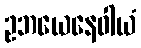
ဥဘယေနေဝါယံ